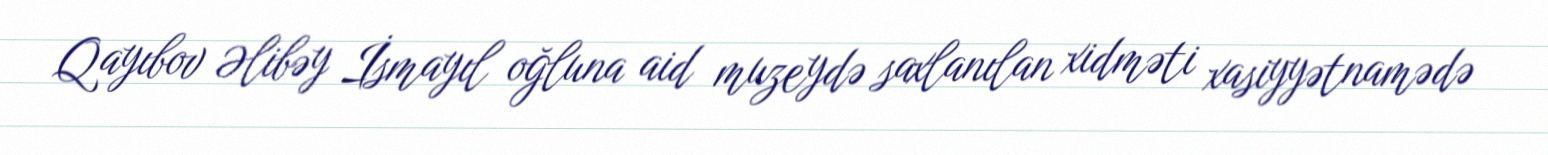
Qayıbov Əlibəy İsmayıl oğluna aid muzeydə saxlanılan xidməti xasiyyətnamədə